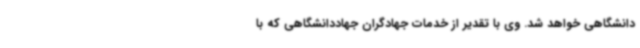
دانشگاهی خواهد شد. وی با تقدیر از خدمات جهادگران جهاددانشگاهی که با